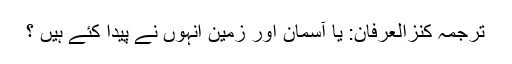
ترجمۂ کنزُالعِرفان: یا آسمان اور زمین انہوں نے پیدا کئے ہیں ؟